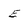
Character: E